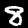
Digit: 8